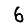
Digit: 6